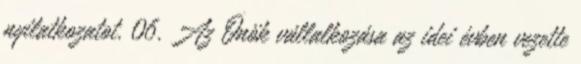
nyilatkozatot. 06. Az Önök vállalkozása az idei évben vezette